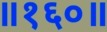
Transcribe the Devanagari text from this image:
॥१६०॥